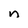
Character: n